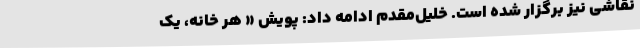
نقاشی نیز برگزار شده است. خلیل‌مقدم ادامه داد: پویش « هر خانه، یک